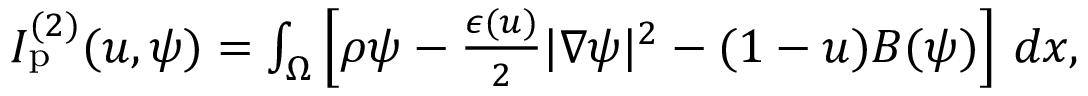
\begin{array} { r } { I _ { \mathrm { p } } ^ { ( 2 ) } ( u , \psi ) = \int _ { \Omega } \left[ \rho \psi - \frac { \epsilon ( u ) } { 2 } | \nabla \psi | ^ { 2 } - ( 1 - u ) B ( \psi ) \right] \, d x , } \end{array}